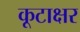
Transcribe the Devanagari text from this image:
कूटाक्षर